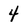
Character: 4